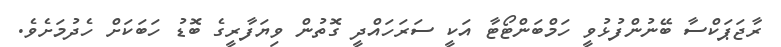
ރާޖަޕަކްސާ ބޭނުންފުޅުވީ ހަމްބަންޓޯޓާ އަކީ ސަރަހައްދީ ގޮތުން ވިޔަފާރީގެ ބޮޑު ހަބަކަށް ހެދުމަށެވެެ.